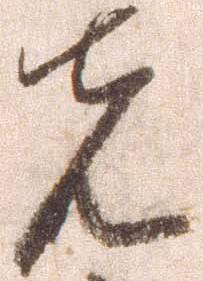
先